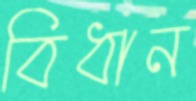
বিধান